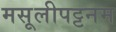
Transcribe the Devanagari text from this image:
मसूलीपट्टनम